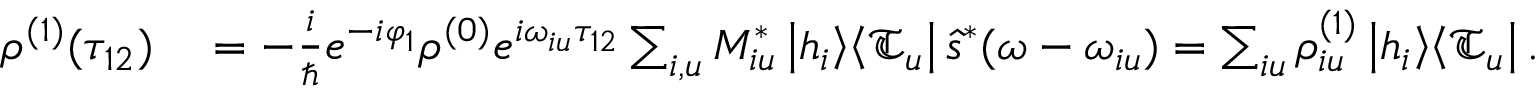
\begin{array} { r l } { \rho ^ { ( 1 ) } ( \tau _ { 1 2 } ) } & { { } = - \frac { i } { \hbar } e ^ { - i \varphi _ { 1 } } \rho ^ { ( 0 ) } e ^ { i \omega _ { i u } \tau _ { 1 2 } } \sum _ { i , u } M _ { i u } ^ { * } \left| \mathfrak { h } _ { i } \right> \! \left< \mathfrak { T } _ { u } \right| \hat { s } ^ { * } ( \omega - \omega _ { i u } ) = \sum _ { i u } \rho _ { i u } ^ { ( 1 ) } \left| \mathfrak { h } _ { i } \right> \! \left< \mathfrak { T } _ { u } \right| . } \end{array}